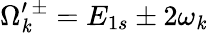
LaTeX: \Omega_{\mathit{k}}^{\prime\, \pm}=E_{1s}\pm2\omega_{\mathit{k}}